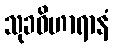
သုခဝိဟာရာနံ